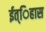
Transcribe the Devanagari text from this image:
ईत्िहास